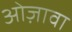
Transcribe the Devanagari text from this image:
ओज़ावा